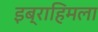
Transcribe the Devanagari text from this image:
इब्राहिमला